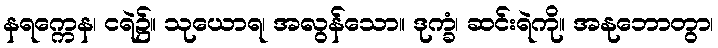
နရက္ကေန၊ ငရဲ၌။ သုယောရ၊ အလွန်သော။ ဒုက္ခံ၊ ဆင်းရဲကို။ အနုဘောတွာ၊